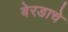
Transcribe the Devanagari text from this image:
बेरडाचे